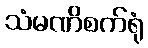
သံမဏိစက်ရုံ